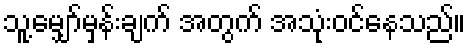
သူ့မျှော်မှန်းချက် အတွက် အသုံးဝင်နေသည်။